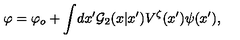
\varphi = \varphi _ { o } + \int \! d x ^ { \prime } { \cal G } _ { 2 } ( x | x ^ { \prime } ) V ^ { \zeta } ( x ^ { \prime } ) \psi ( x ^ { \prime } ) ,